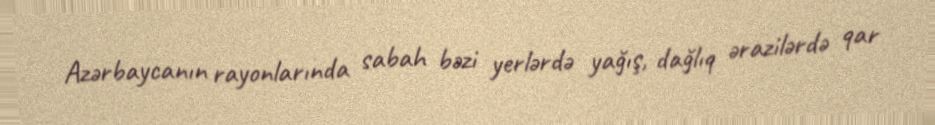
Azərbaycanın rayonlarında sabah bəzi yerlərdə yağış, dağlıq ərazilərdə qar